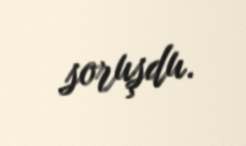
soruşdu.